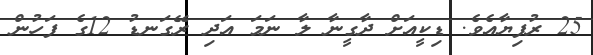
25 ރުފިޔާއެވެ. ޑިކީއަށް ދާގީނާ ލާ ނަމަ އަދި ރޭގަނޑު 12ގެ ފަހުން